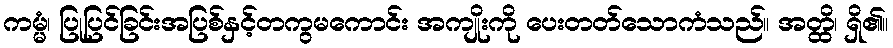
ကမ္မံ၊ ပြုပြင်ခြင်းအပြစ်နှင့်တကွမကောင်း အကျိုးကို ပေးတတ်သောကံသည်။ အတ္ထိ၊ ရှိ၏။